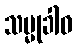
သမ္မုခါဝ